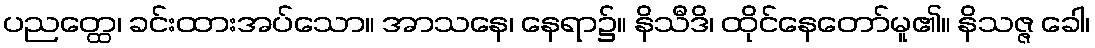
ပညတ္ထေ၊ ခင်းထားအပ်သော။ အာသနေ၊ နေရာ၌။ နိသီဒိ၊ ထိုင်နေတော်မူ၏။ နိသဇ္ဇ ခေါ၊